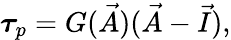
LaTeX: \boldsymbol{\tau}_{p}=G(\vec{A})(\vec{A}-\vec{I}),